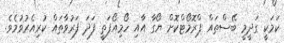
ކަމަކީ ގަދީމީ ބޭސްތައް ޕްރޮމޯޓްކޮށް ޔޯގާ އާއި ހޯމިއޯޕަތީ ފަދަ ފަރުވާތައް ކުރިއެރުވުމެވެ.